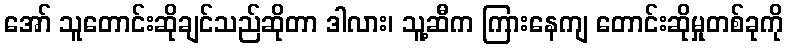
အော် သူတောင်းဆိုချင်သည်ဆိုတာ ဒါလား၊ သူ့ဆီက ကြားနေကျ တောင်းဆိုမှုတစ်ခုကို